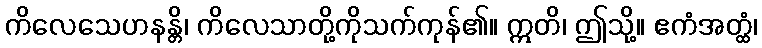
ကိလေသေဟနန္တိ၊ ကိလေသာတို့ကိုသက်ကုန်၏။ ဣတိ၊ ဤသို့။ ဧကံအတ္ထံ၊